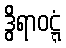
ဒွိရာဝဋ္ဋံ